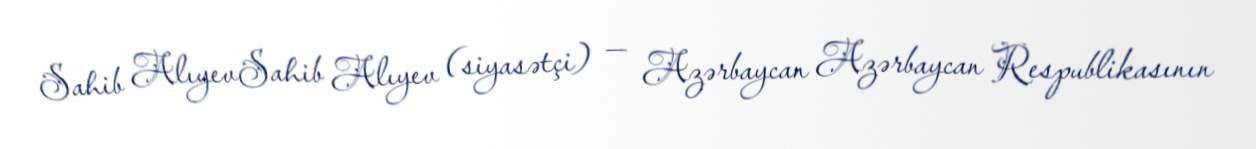
Sahib AlıyevSahib Alıyev (siyasətçi) — Azərbaycan Azərbaycan Respublikasının